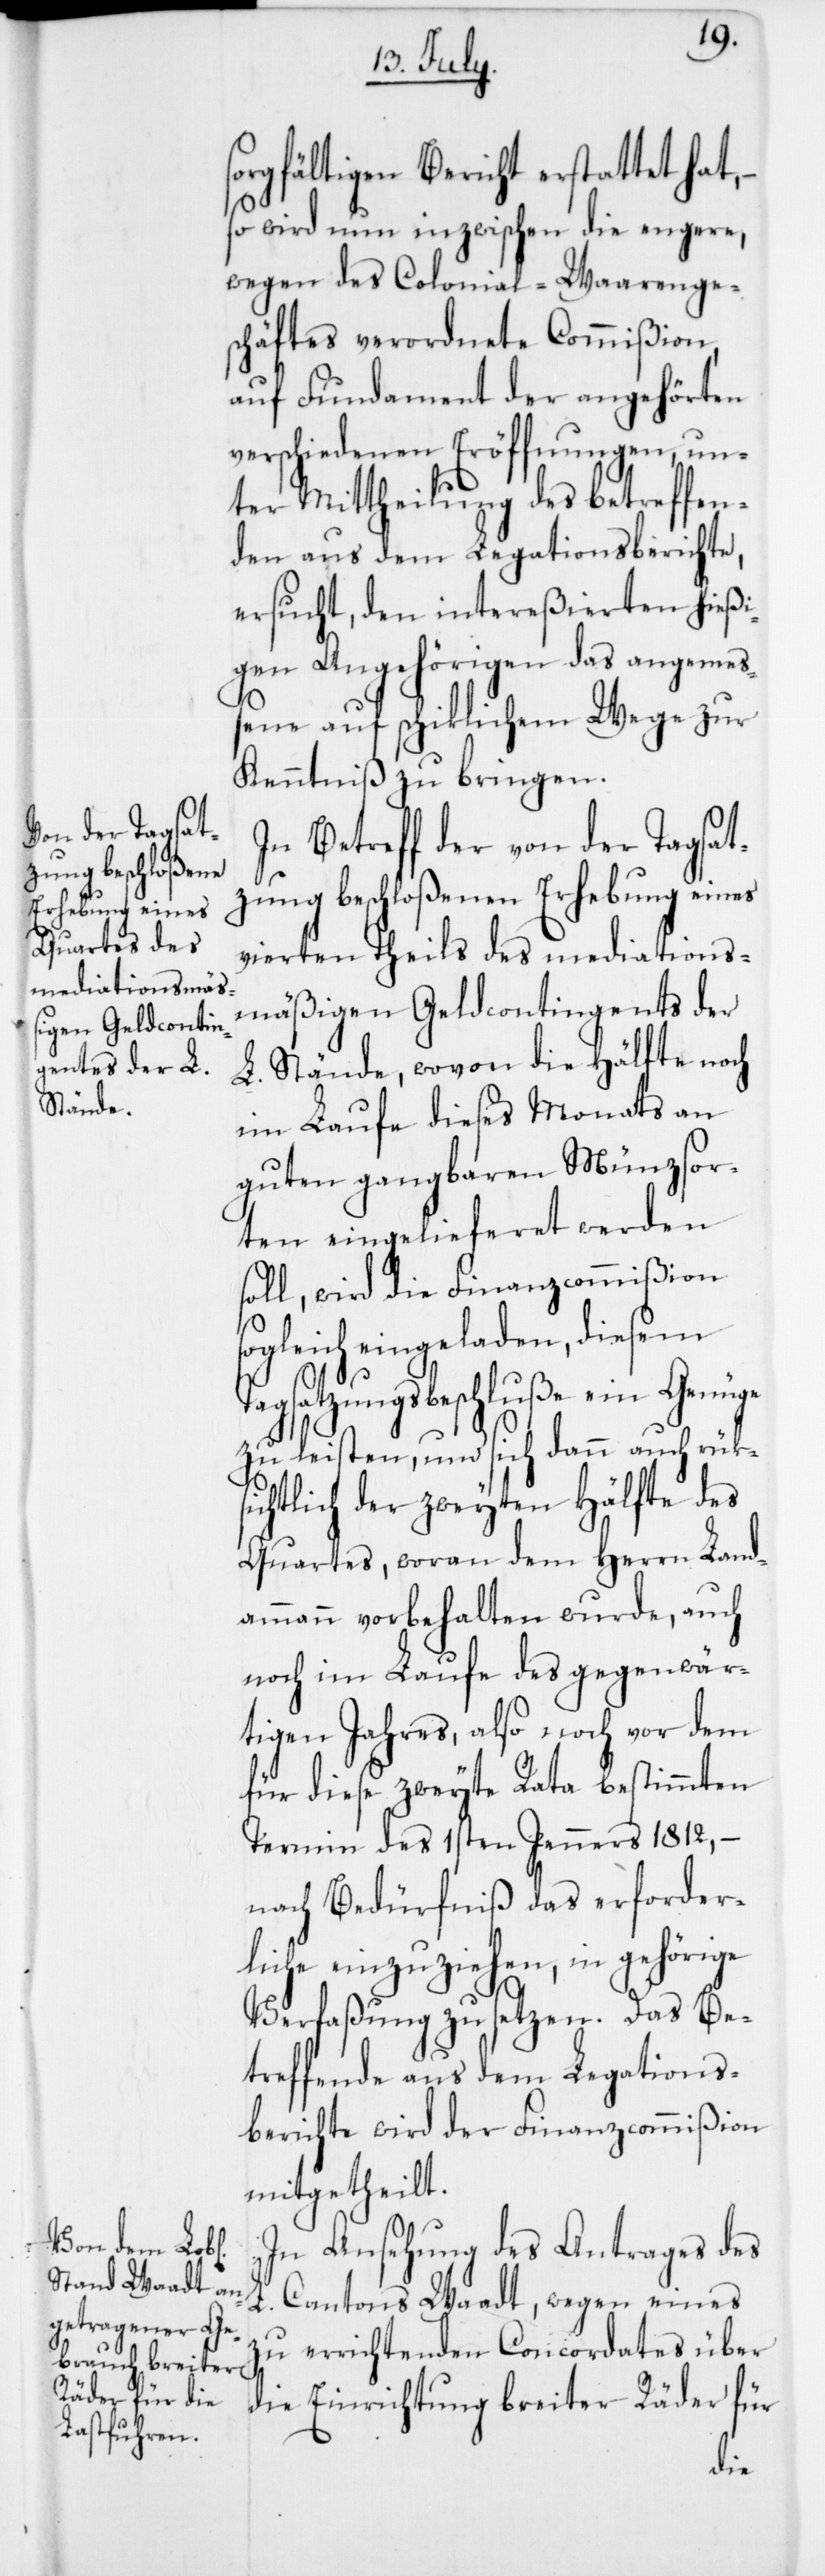
sorgfältigen Bericht erstattet hat,
so wird nun inzwischen die engere,
wegen des Colonial-Waarenge¬
schäftes verordnete Commißion,
auf Fundament der angehörten
verschiedenen Eröffnungen, un¬
ter Mittheilung des betreffen¬
den aus dem Legationsberichte,
ersucht, den intereßierten hießi¬
gen Angehörigen das angeme¬
ßene auf schiklichem Wege zur
Kenntniß zu bringen.
In Betreff der von der Tagsat¬
zung beschloßenen Erhebung eines
vierten Theils des mediations¬
mäßigen Geldcontingents der
L. Stände, wovon die Hälfte noch
im Laufe dieses Monats an
guten gangbaren Münzsor¬
ten eingelieferet werden
soll, wird die Finanzcommißion
sogleich eingeladen, diesem
Tagsatzungsbeschluße ein Genügen
zu leisten, und sich dann auch rüks¬
ichtlich der zweyten Hälfte des
Quartes, woran dem Herrn Land¬
ammann vorbehalten wurde, auch
noch im Laufe des gegenwär¬
tigen Jahres, also noch vor dem
für diese zweyte Rata bestimmten
Termin des 1sten Jenners 1812, –
nach Bedürfniß das erforder¬
liche einzuziehen, in gehörige
Verfaßung zu setzen. Das Be¬
treffende aus dem Legations¬
berichte wird der Finanzcommißion
mitgetheilt.
In Ansehung des Antrags des
L. Cantons Waadt, wegen eines
zu errichtenden Concordates über
die Einrichtung breiter Räder für